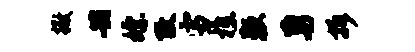
撒共嫖改雪樵鞭勇拆